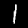
Digit: 1